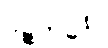
ပဉ္စကင်္ဂေါ